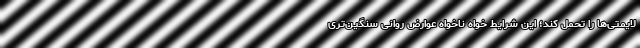
لایمتی‌ها را تحمل کند؛ این شرایط خواه ناخواه عوارض روانی سنگین‌تری